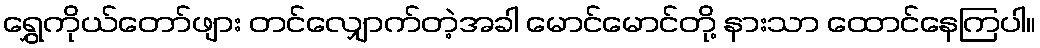
ရွှေကိုယ်တော်ဖျား တင်လျှောက်တဲ့အခါ မောင်မောင်တို့ နားသာ ထောင်နေကြပါ။